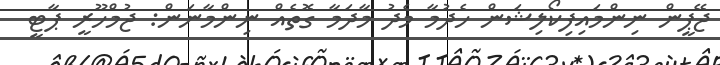
ޖޭޕީން ނިންމައިފިކޯލިޝަން ހެދުމާ މެދު މާދަމާ ގޮތެއް ނިންމާނަން: ޖުމްހޫރީ ޕާޓީ